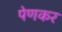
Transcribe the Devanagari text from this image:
पेणकर